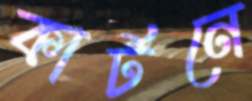
কার্টনে